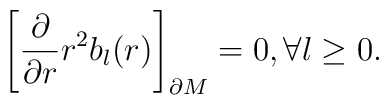
\left[{\partial \over \partial r} r^{2}b_{l}(r)\right]_{\partial M}=0, \forall l \geq 0.